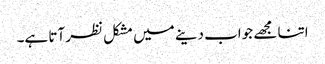
اتنا مجھے جواب دینے میں مشکل نظر آتا ہے۔